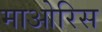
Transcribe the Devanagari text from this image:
माओरिस